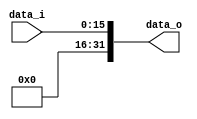
module Zero_Filled( data_i, data_o );

//I/O ports
input	[16-1:0] data_i;
output	[32-1:0] data_o;

//Internal Signals
wire	[32-1:0] data_o;

//Zero_Filled
assign data_o = { {16{1'b0}}, data_i};

endmodule